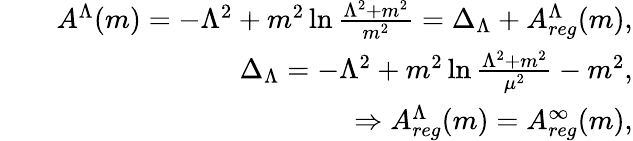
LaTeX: \begin{array}{rlr}&{}&{A^{\Lambda}(m)=-\Lambda^{2}+m^{2}\ln\frac{\Lambda^{2}+m^{2}}{m^{2}}=\Delta_{\Lambda}+A_{reg}^{\Lambda}(m),}\\ &{}&{\Delta_{\Lambda}=-\Lambda^{2}+m^{2}\ln\frac{\Lambda^{2}+m^{2}}{\mu^{2}}-m^{2},}\\ &{}&{\Rightarrow A_{reg}^{\Lambda}(m)=A_{reg}^{\infty}(m),}\end{array}